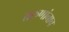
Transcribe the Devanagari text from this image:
तरुणांनाच